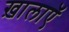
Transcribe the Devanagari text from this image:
ख़ालाएॅ